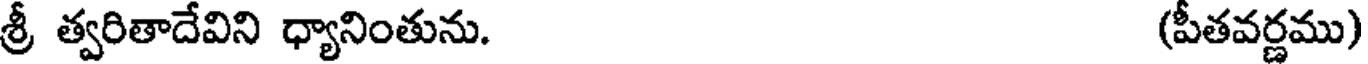
శ్రీ త్వరితాదేవిని ధ్యానింతును. (పీతవర్ణము)